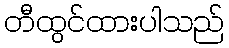
တီထွင်ထားပါသည်